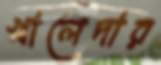
খালেদার